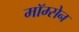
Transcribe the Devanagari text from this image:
मॉम्सेन